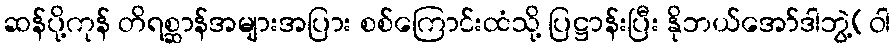
ဆန်ပို့ကုန် တိရစ္ဆာန်အများအပြား စစ်ကြောင်းထံသို့ ပြဋ္ဌာန်းပြီး နိုဘယ်အော်ဒါဘွဲ့(ဝါ